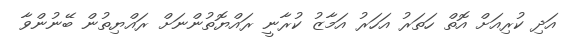
އަދި ކުރިއަށް އޮތް ހަތަރު އަހަރު އަމާޒު ކުރާނީ ރައްޔޮތުންނަށް ރައްޔިތުން ބޭނުންވާ